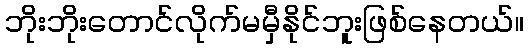
ဘိုးဘိုးတောင်လိုက်မမှီနိုင်ဘူးဖြစ်နေတယ်။